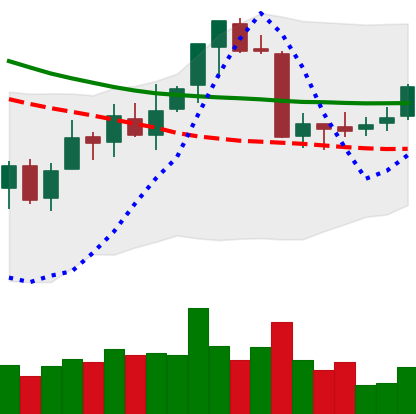
Ticker: ETC-USD
Chart end date: 2018-07-16
Forward return: -5.93%
Label: down_5_7